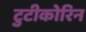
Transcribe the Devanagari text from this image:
टुटीकोरिन